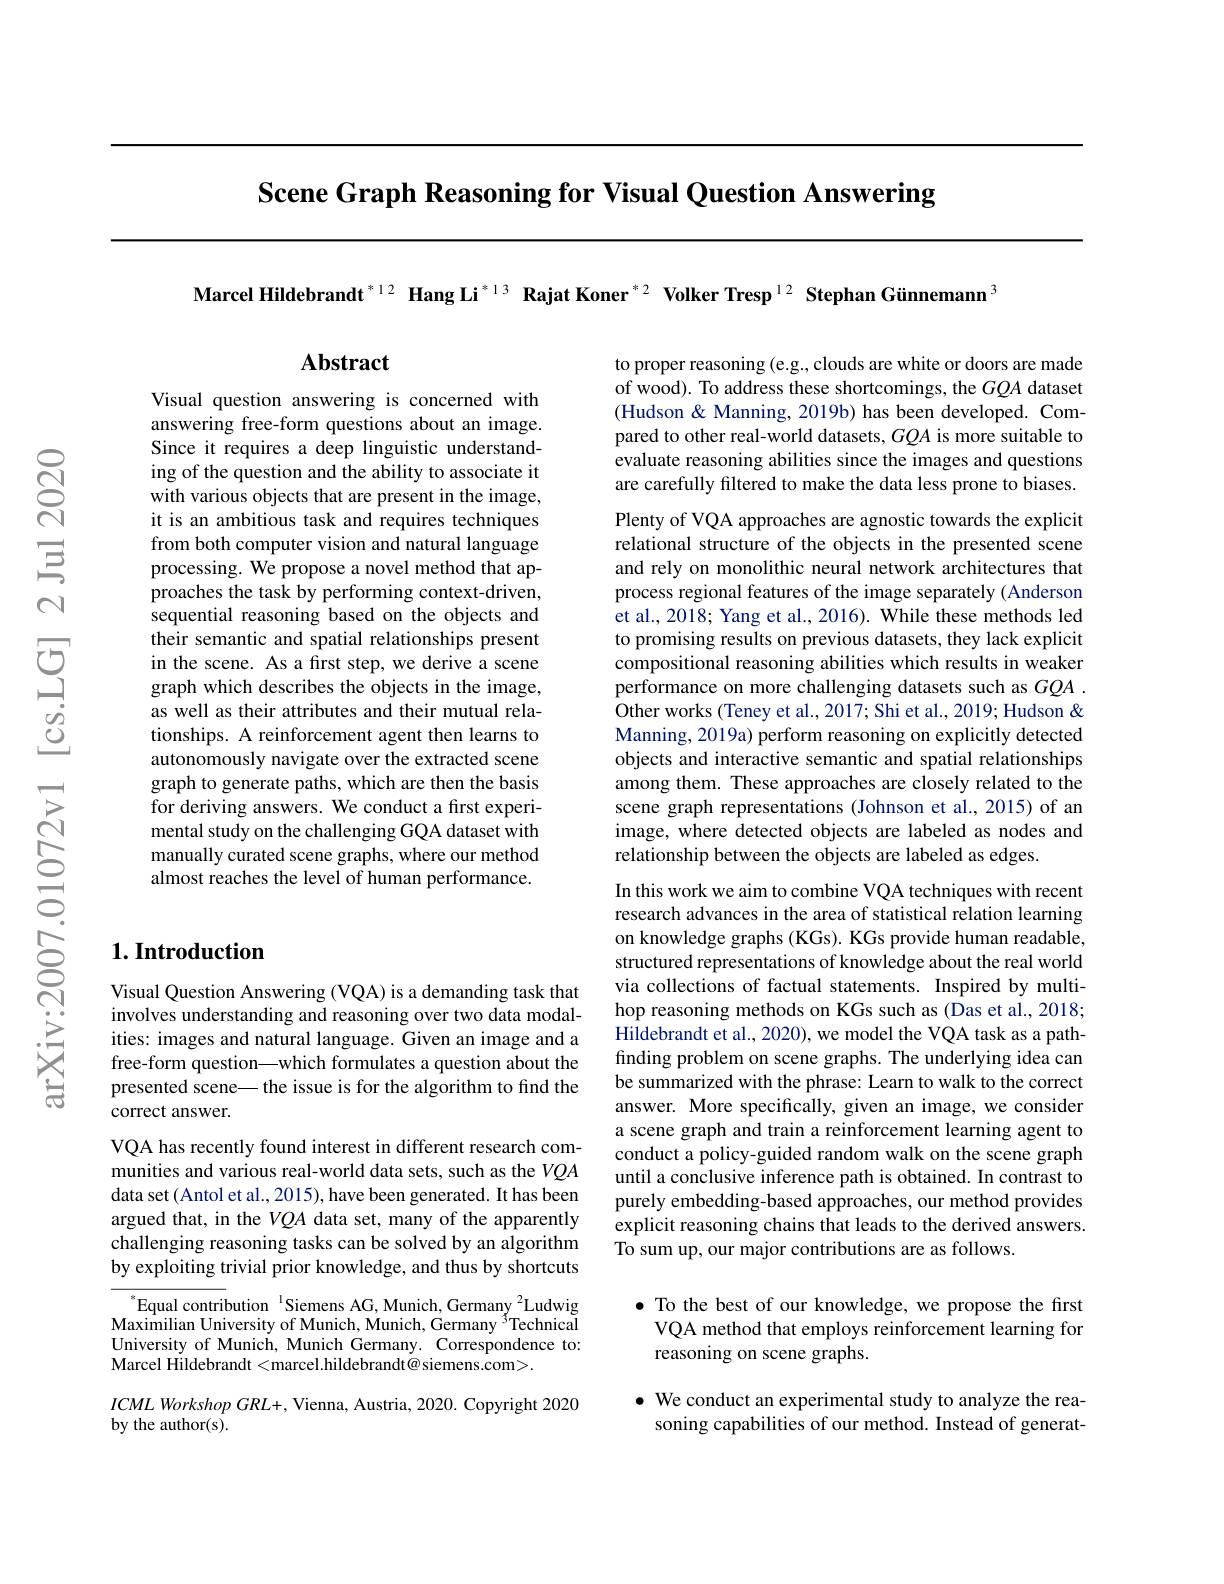
Scene Graph Reasoning for Visual Question Answering

Marcel Hildebrandt$^{*12}$ Hang Li$^{*13}$ Rajat Koner$^{*2}$ Volker Tresp$^{12}$ Stephan Günnemann$^{3}$

Abstract

to proper reasoning (e.g., clouds are white or doors are made of wood). To address these shortcomings, the $GQA$ dataset (Hudson & Manning, 2019b) has been developed. Compared to other real-world datasets, $GQA$ is more suitable to evaluate reasoning abilities since the images and questions are carefully filtered to make the data less prone to biases.

Visual question answering is concerned with answering free-form questions about an image. Since it requires a deep linguistic understanding of the question and the ability to associate it with various objects that are present in the image, it is an ambitious task and requires techniques from both computer vision and natural language processing. We propose a novel method that approaches the task by performing context-driven, sequential reasoning based on the objects and $\hat{\text{their semantic and spatial relationships present}}$ in the scene. As a first step, we derive a scene graph which describes the objects in the image, as well as their attributes and their mutual relationships. A reinforcement agent then learns to autonomously navigate over the extracted scene graph to generate paths, which are then the basis for deriving answers. We conduct a first experimental study on the challenging GQA dataset with manually curated scene graphs, where our method almost reaches the level of human performance.

Plenty of VQA approaches are agnostic towards the explicit relational structure of the objects in the presented scene and rely on monolithic neural network architectures that process regional features of the image separately (Anderson et al., 2018; Yang et al., 2016). While these methods led to promising results on previous datasets, they lack explicit compositional reasoning abilities which results in weaker performance on more challenging datasets such as $GQA.$ Other works (Teney et al., 2017; Shi et al., 2019; Hudson & Manning, 2019a) perform reasoning on explicitly detected objects and interactive semantic and spatial relationships among them. These approaches are closely related to the scene graph representations (Johnson et al.,2015) of an image, where detected objects are labeled as nodes and relationship between the objects are labeled as edges.
In this work we aim to combine VQA techniques with recent research advances in the area of statistical relation learning on knowledge graphs (KGs). KGs provide human readable, structured representations of knowledge about the real world via collections of factual statements. Inspired by multihop reasoning methods on KGs such as (Das et al., 2018; Hildebrandt et al., 2020), we model the VQA task as a pathfinding problem on scene graphs. The underlying idea can be summarized with the phrase: Learn to walk to the correct answer. More specifically, given an image, we consider a scene graph and train a reinforcement learning agent to conduct a policy-guided random walk on the scene graph until a conclusive inference path is obtained. In contrast to purely embedding-based approaches, our method provides explicit reasoning chains that leads to the derived answers. To sum up, our major contributions are as follows.

## $1. \textbf{Introduction}$

Visual Question Answering (VQA) is a demanding task that involves understanding and reasoning over two data modalities: images and natural language. Given an image and a free-form question—which formulates a question about the presented scene\_ the issue is for the algorithm to find the correct answer.

VQA has recently found interest in different research communities and various real-world data sets, such as the $VQA$ data set (Antol et al., 2015), have been generated. It has been argued that, in the $VQA$ data set, many of the apparently challenging reasoning tasks can be solved by an algorithm by exploiting trivial prior knowledge, and thus by shortcuts

$\bullet$ To the best of our knowledge, we propose the first
VQA method that employs reinforcement learning for
reasoning on scene graphs.

$^{*}$Equal contribution$^{\text{1}}$Siemens AG, Munich, Germany$^{2}$Ludwig $\dot{\text{Maximilian University of Munich, Munich, Germany }}^{3}$Technical University of Munich, Munich Germany. Correspondence to: Marcel Hildebrandt <marcel.hildebrandt@ siemens.com>

$\bullet$ We conduct an experimental study to analyze the rea-
soning capabilities of our method. Instead of generat-

$ICMLWorkshopGRL+$, Vienna, Austria, 2020. Copyright 2020
by the author(s).